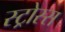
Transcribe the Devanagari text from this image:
स्ट्रोस्स